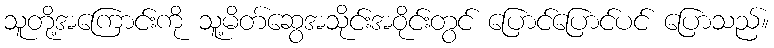
သူတို့အကြောင်းကို သူ့မိတ်ဆွေအသိုင်းအဝိုင်းတွင် ပြောင်ပြောင်ပင် ပြောသည်။